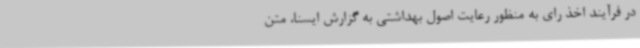
در فرآیند اخذ رای به منظور رعایت اصول بهداشتی به گزارش ایسنا، متن